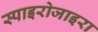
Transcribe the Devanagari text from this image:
स्पाइरोजाइरा